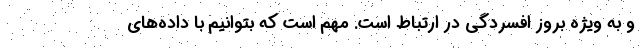
و به ویژه بروز افسردگی در ارتباط است. مهم است که بتوانیم با داده‌های